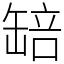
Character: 䍌